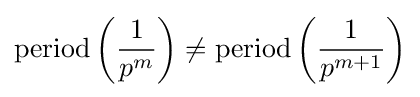
{\text{period}}\left({\frac {1}{p^{m}}}\right)\neq {\text{period}}\left({\frac {1}{p^{m+1}}}\right)